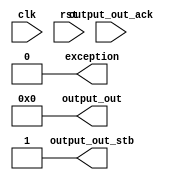
module main_12 (output_out_ack,clk,rst,output_out,output_out_stb,exception);
  input output_out_ack;
  input clk;
  input rst;
  output [31:0] output_out;
  output output_out_stb;
  output exception;

  assign output_out = 0;
  assign output_out_stb = 1;
  assign exception = 0;
endmodule